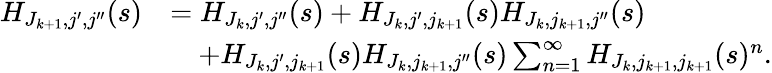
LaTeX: \begin{array}{rl}{H_{J_{k+1},j^{\prime},j^{\prime\prime}}(s)}&{=H_{J_{k},j^{\prime},j^{\prime\prime}}(s)+H_{J_{k},j^{\prime},j_{k+1}}(s)H_{J_{k},j_{k+1},j^{\prime\prime}}(s)}\\ &{\quad+H_{J_{k},j^{\prime},j_{k+1}}(s)H_{J_{k},j_{k+1},j^{\prime\prime}}(s)\sum_{n=1}^{\infty}H_{J_{k},j_{k+1},j_{k+1}}(s)^{n}.}\end{array}